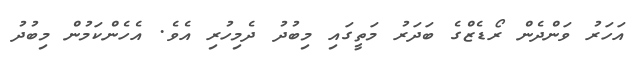
އަހަރު ވަންދެން ރޯޑެޒްގެ ބަދަރު މަތީގައި މިބުދު ދެމިހުރި އެވެ. އެހެންކަމުން މިބުދު